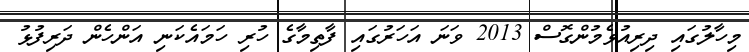
މިހާލުގައި ދިރިއުޅެމުންގޮސް 2013 ވަނަ އަހަރުގައި ފާތިމާގެ ހުރި ހަމައެކަނި އަންހެން ދަރިފުޅު